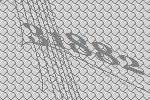
31882